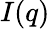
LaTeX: I(q)